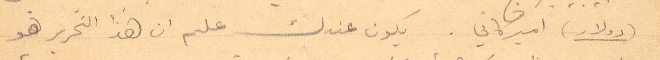
دولار اميركاني. يكون عندك عليم ان هذا التحرير هو